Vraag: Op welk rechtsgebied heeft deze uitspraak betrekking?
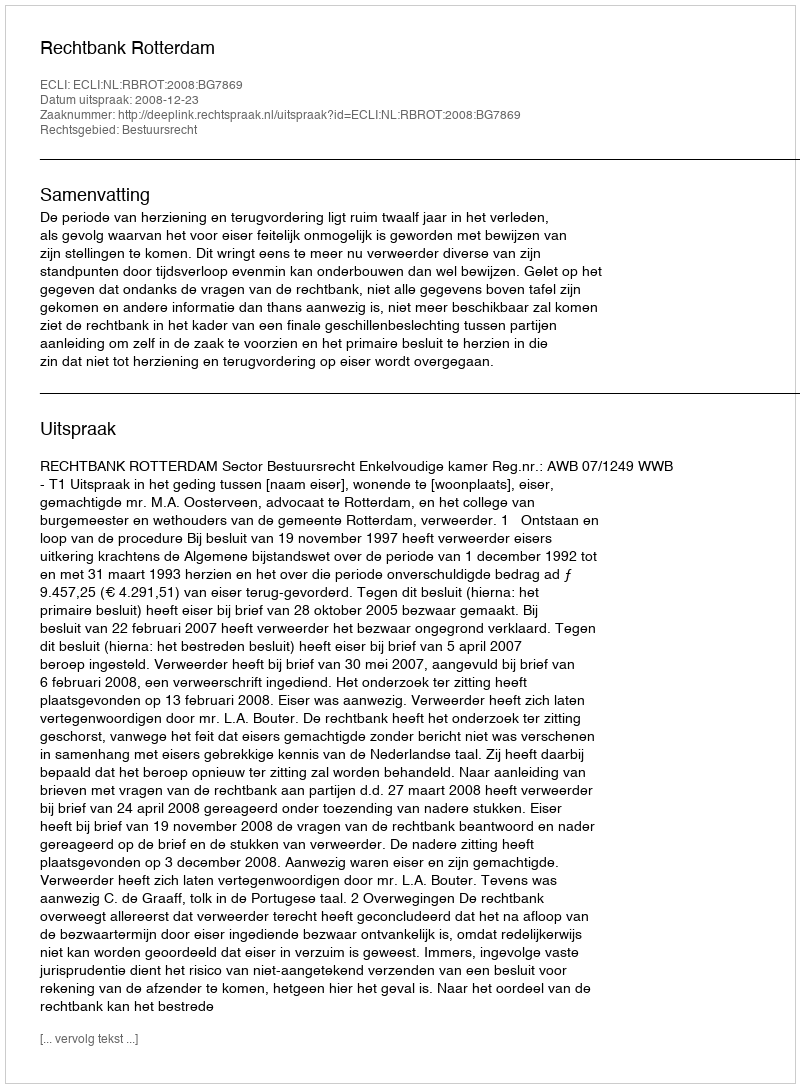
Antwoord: Bestuursrecht